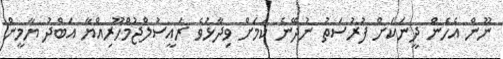
ނޫން އެހެން ދީނަކަށް ފުރުސަތު ނުދޭނެ ކަމަށް ވިދާޅުވެ ރައީސުލްޖުމްހޫރިއްޔާ އަބްދު ޔާމީން